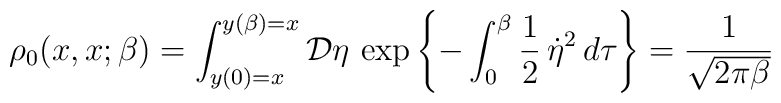
\rho_0(x,x;\beta)=\int_{y(0)=x}^{y(\beta)=x}{\cal D}\eta\,\exp\left\{-\int_0^{\beta}\frac{1}{2}\,\dot{\eta}^2\,d\tau\right\}=\frac{1}{\sqrt{2\pi\beta}}